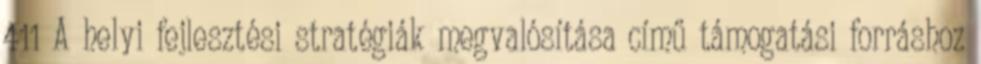
411 A helyi fejlesztési stratégiák megvalósítása című támogatási forráshoz